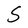
Character: S